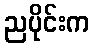
ညပိုင်းက